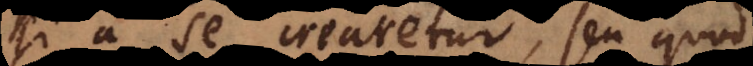
si a se crearetur, seu qu